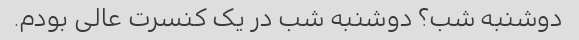
دوشنبه شب؟ دوشنبه شب در یک کنسرت عالی بودم.